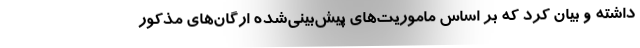
داشته و بیان کرد که بر اساس ماموریت‌های پیش‌بینی‌شده ارگان‌های مذکور